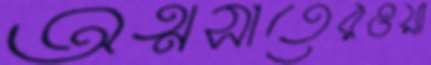
অত্মসাতেরওয়া